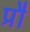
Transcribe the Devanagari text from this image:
प्रौ